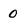
Character: 0